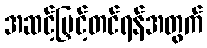
အဆင့်မြှင့်တင်ရန်အတွက်